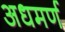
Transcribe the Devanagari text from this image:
अधमर्ण